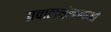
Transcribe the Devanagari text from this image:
प्रवालशृंखलाओं